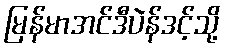
မြန်မာအင်ဒီပဲန်ဒင့်သို့